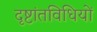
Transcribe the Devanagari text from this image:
दृष्टांतविधियों